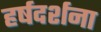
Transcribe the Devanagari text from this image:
हर्षदर्शना